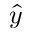
\hat { y }